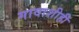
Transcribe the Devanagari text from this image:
गावाशीही